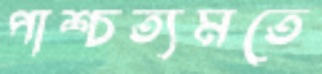
পাশ্চত্যমতে